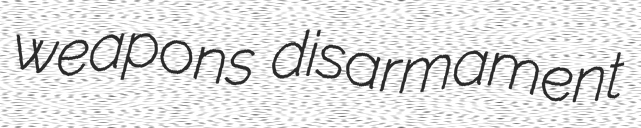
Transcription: weapons disarmament